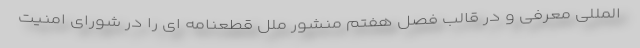
المللی معرفی و در قالب فصل هفتم منشور ملل قطعنامه ای را در شورای امنیت